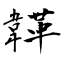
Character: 韚